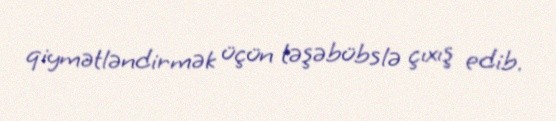
qiymətləndirmək üçün təşəbübslə çıxış edib.